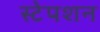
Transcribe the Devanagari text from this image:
स्‍टेपशन